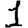
Digit: 1